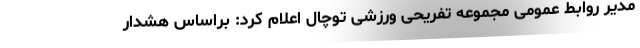
مدیر روابط عمومی مجموعه تفریحی ورزشی توچال اعلام کرد: براساس هشدار